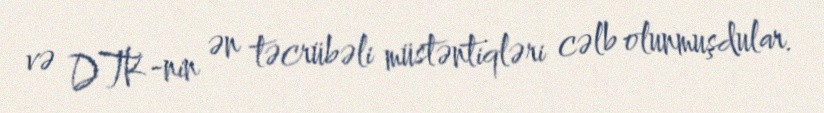
və DTK-nin ən təcrübəli müstəntiqləri cəlb olunmuşdular.